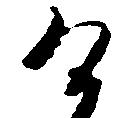
け